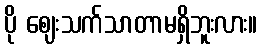
ပို ဈေးသက်သာတာမရှိဘူးလား။